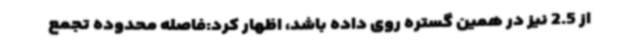
از 2.5 نیز در همین گستره روی داده باشد، اظهار کرد:فاصله محدوده تجمع